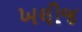
ખલીજ